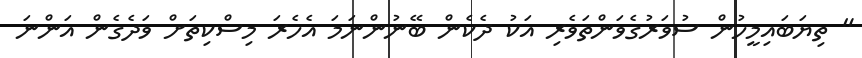
" ތިޔަބައިމީހުން ސުވަރުގެވަންތަވެރި އަކު ދެކެން ބޭނުންނަމަ އެހެރަ މިސްކިތަށް ވަދެގެން އަންނަ